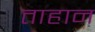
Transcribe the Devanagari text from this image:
ताहान